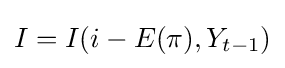
I=I(i-E(\pi ),Y_{t-1})